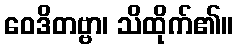
ဝေဒိတဗ္ဗာ၊ သိထိုက်၏။